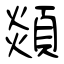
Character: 顃